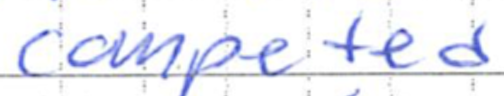
Text: competed
Cross-out: clean
Writing tool: ballpoint